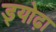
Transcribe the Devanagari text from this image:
ड्योढ़ा